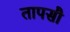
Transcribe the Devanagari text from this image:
तापसौ